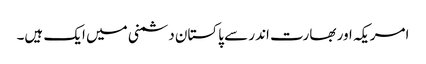
امریکہ اور بھارت اندر سے پاکستان دشمنی میں ایک ہیں۔